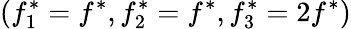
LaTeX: (f_{1}^{*}=f^{*},f_{2}^{*}=f^{*},f_{3}^{*}=2f^{*})